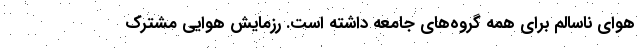
هوای ناسالم برای همه گروه‌های جامعه داشته است. رزمایش هوایی مشترک